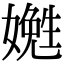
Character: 嬎